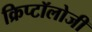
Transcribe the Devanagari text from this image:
क्रिप्टॉलोजी